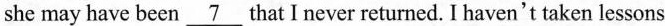
she may have been \underline{7} that l never returned. I haven't taken lessons